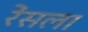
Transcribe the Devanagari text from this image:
रेंसला